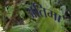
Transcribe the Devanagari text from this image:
अंतिमा